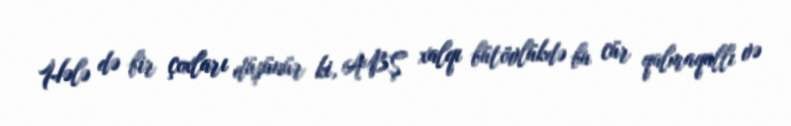
Hələ də bir çoxları düşünür ki, ABŞ xalqı bütövlükdə bu cür qalmaqallı və